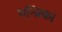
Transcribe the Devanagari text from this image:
मन्त्रिका